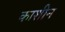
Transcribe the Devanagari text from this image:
काशीन